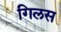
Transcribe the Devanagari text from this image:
गिलस